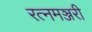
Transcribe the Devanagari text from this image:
रत्नमञ्जरी